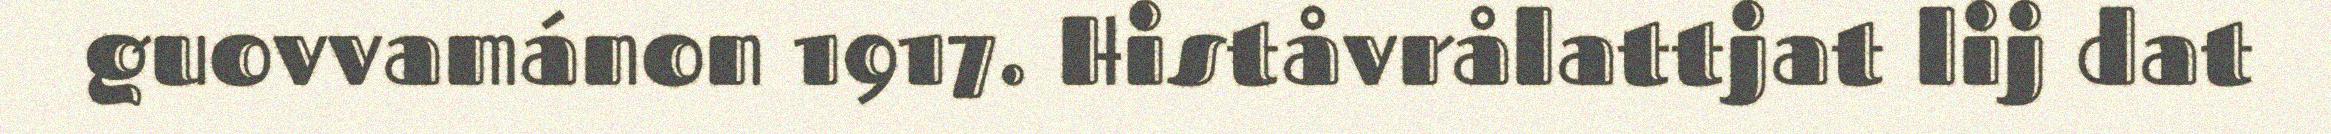
guovvamánon 1917. Histåvrålattjat lij dat